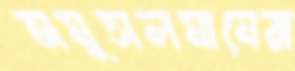
অমুসলমানেরা